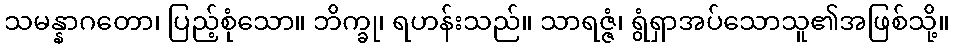
သမန္နာဂတော၊ ပြည့်စုံသော။ ဘိက္ခု၊ ရဟန်းသည်။ သာရဇ္ဇံ၊ ရွံရှာအပ်သောသူ၏အဖြစ်သို့။